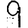
Digit: 9